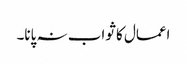
اعمال کا ثواب نہ پانا۔